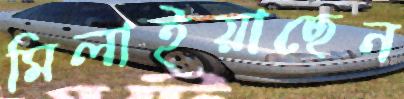
মিলাইয়াছেন